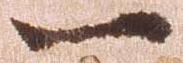
一